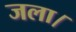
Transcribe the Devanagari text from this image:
जला।